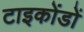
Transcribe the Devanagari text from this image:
टाइकोंडों